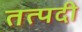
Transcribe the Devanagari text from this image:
तत्पदी